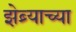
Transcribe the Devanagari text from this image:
झेब्र्याच्या